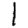
Digit: 1